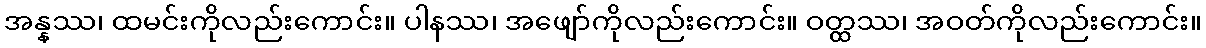
အန္နဿ၊ ထမင်းကိုလည်းကောင်း။ ပါနဿ၊ အဖျော်ကိုလည်းကောင်း။ ဝတ္ထဿ၊ အဝတ်ကိုလည်းကောင်း။